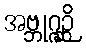
အဗ္ဘုဂ္ဂဉ္ဆိ